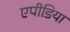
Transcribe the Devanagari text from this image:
एपीडिया